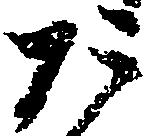
た